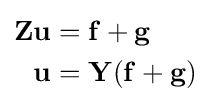
{\begin{aligned}\mathbf {Z} \mathbf {u} &=\mathbf {f} +\mathbf {g} \\\mathbf {u} &=\mathbf {Y} (\mathbf {f} +\mathbf {g} )\\\end{aligned}}